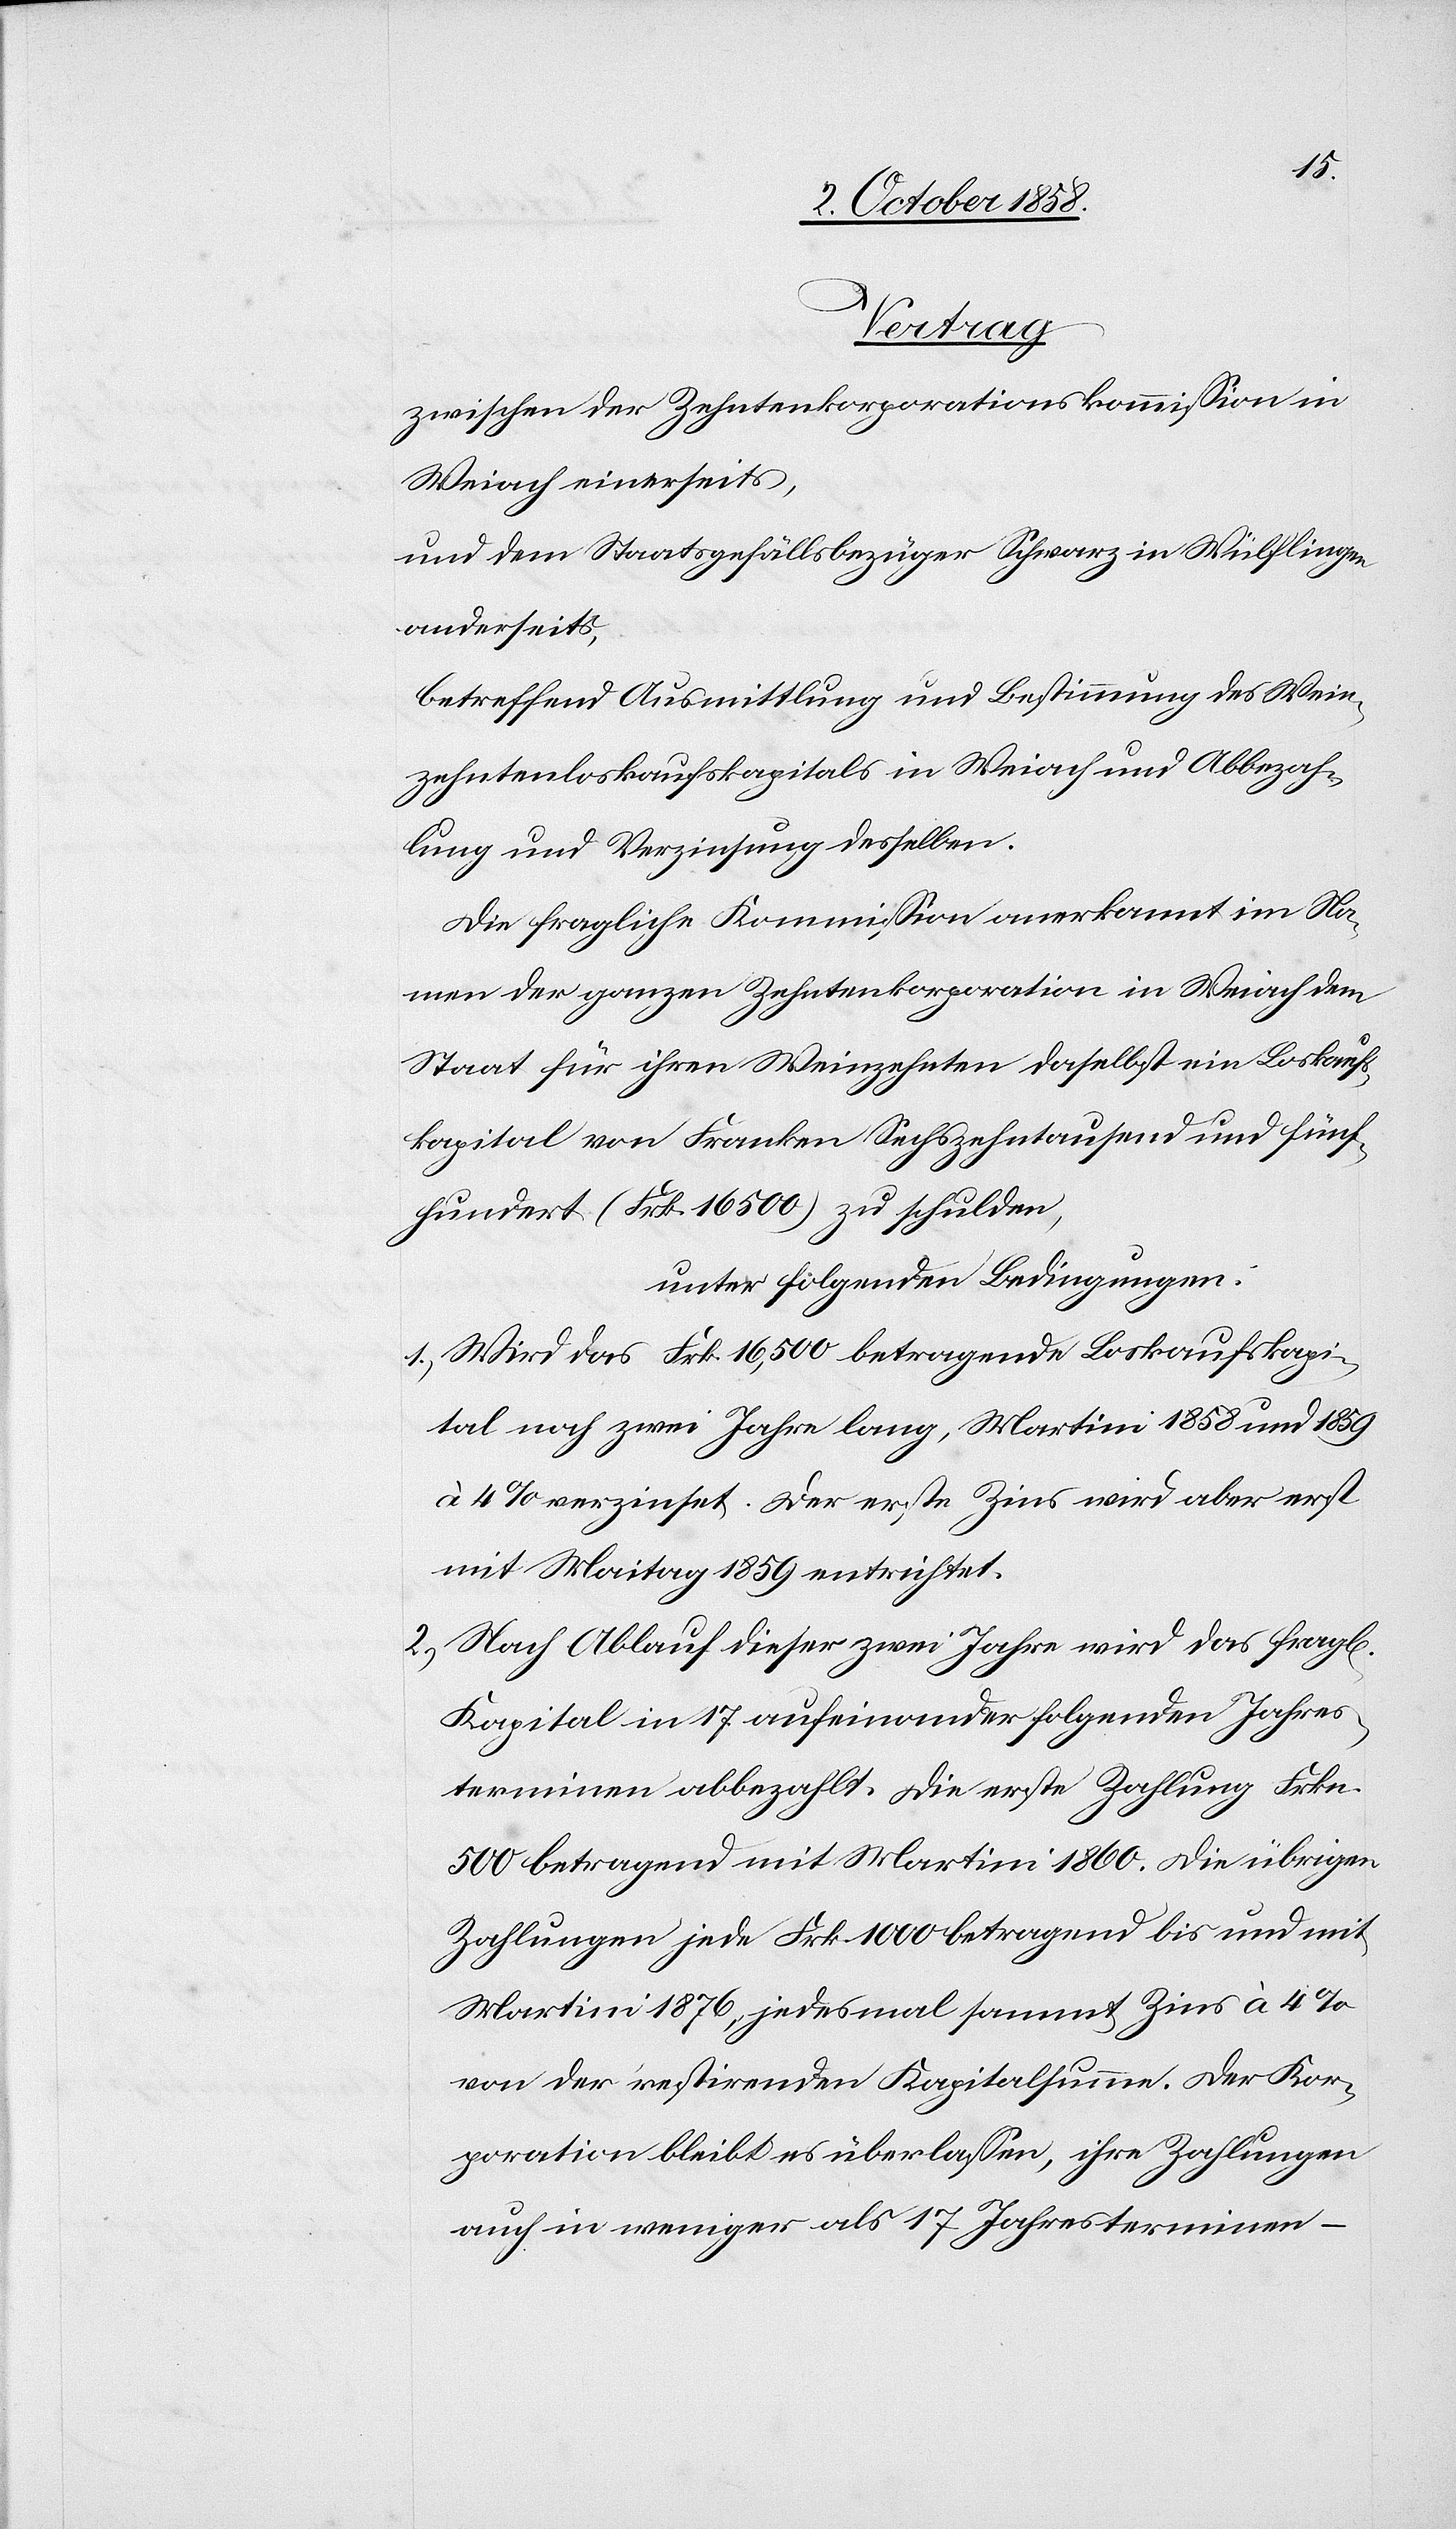
Vertrag
zwischen der Zehntenkorporationskommission in
Weiach einerseits,
und dem Staatsgefällsbezüger Schwarz in Wülflingen
anderseits,
betreffend Ausmittlung und Bestimmung des Wein¬
zehntenloskaufskapitals in Weiach und Abbezah¬
lung und Verzinsung desselben.
Die fragliche Kommission anerkannt im Na¬
men der ganzen Zehntenkorporation in Weiach dem
Staat für ihren Weinzehnten daselbst ein Loskaufs¬
kapital von Franken Sechszehntausend und fünf¬
hundert (Frk. 16 500) zu schulden,
unter folgenden Bedingungen:
Wird das Frk. 16,500 betragende Loskaufskapi¬
tal noch zwei Jahre lang, Martini 1858 und 1859
à 4% verzinset. Der erste Zins wird aber erst
mit Maitag 1859 entrichtet.
Nach Ablauf dieser zwei Jahre wird das fragl[iche]
Kapital in 17 aufeinander folgenden Jahres¬
terminen abbezahlt. Die erste Zahlung Frkn.
500 betragend mit Martini 1860. Die übrigen
Zahlungen jede Frk. 1000 betragend bis und mit
Martini 1876, jedesmal sammt Zins à 4%
von der restirenden Kapitalsumme. Der Kor¬
poration bleibt es überlassen, ihre Zahlungen
auch in weniger als 17 Jahresterminen –